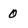
Character: 0